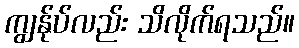
ကျွန်ုပ်လည်း သိလိုက်ရသည်။